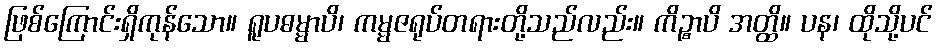
ဖြစ်ကြောင်းရှိကုန်သော။ ရူပဓမ္မာပိ၊ ကမ္မဇရုပ်တရားတို့သည်လည်း။ ကိဉ္စာပိ အတ္ထိ။ ပန၊ ထိုသို့ပင်